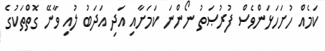
ކަމެއް ހުށަހަޅަންވެސް ފުރުޞަތު ނޯންނަ ކަމަށާއި އަދި އަދަބު ލުއި ވާނޭ ގޮތްތަކުގެ